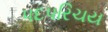
પદપરિચય